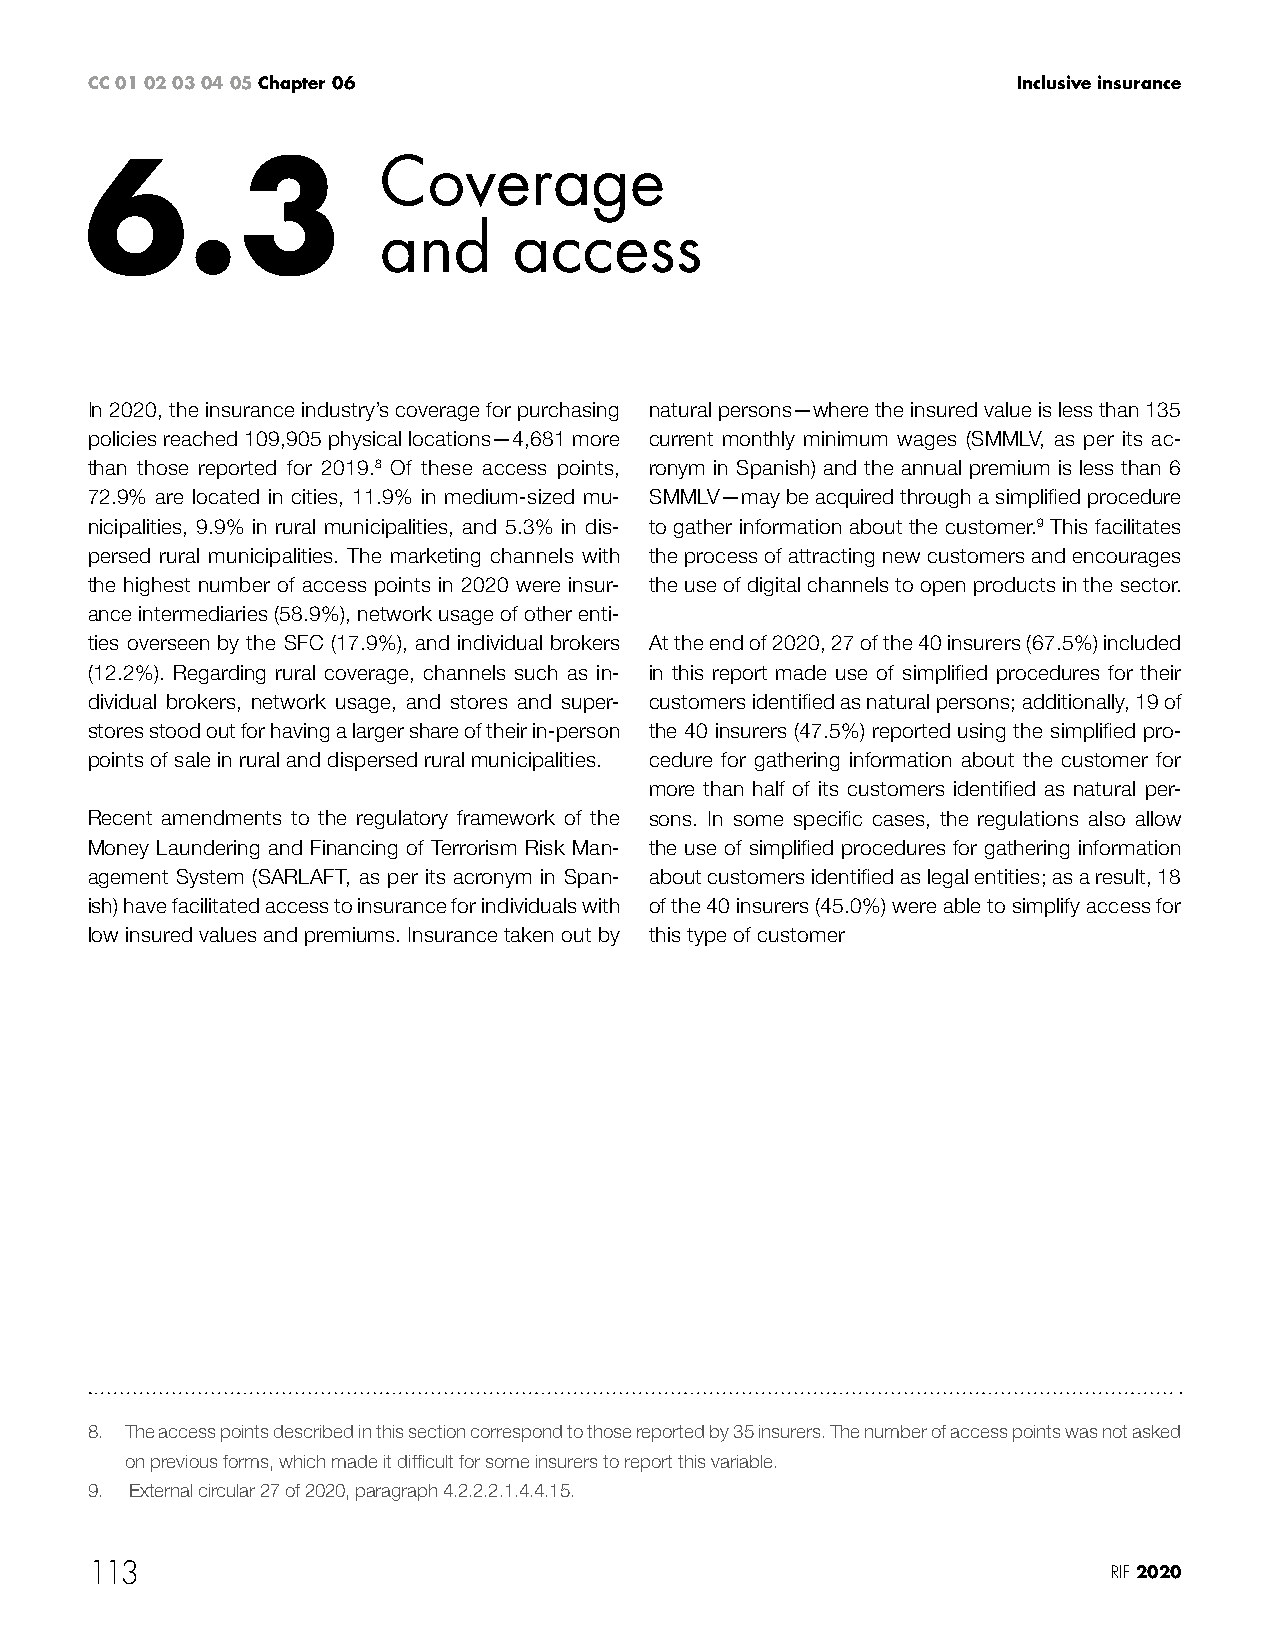
CC 01 02 03 04 05 Chapter 06                                 Inclusive insurance
 6.3                Coverage
 and      access
 In 2020, the insurance industry’s coverage for purchasing natural persons—where the insured value is less than 135
 policies reached 109,905 physical locations—4,681 more current monthly minimum wages (SMMLV, as per its ac-
 than those reported for 2019.8 Of these access points, ronym in Spanish) and the annual premium is less than 6
 72.9% are located in cities, 11.9% in medium-sized mu- SMMLV—may be acquired through a simplified procedure
 nicipalities, 9.9% in rural municipalities, and 5.3% in dis- to gather information about the customer.9 This facilitates
 persed rural municipalities. The marketing channels with the process of attracting new customers and encourages
 the highest number of access points in 2020 were insur- the use of digital channels to open products in the sector.
 ance intermediaries (58.9%), network usage of other enti-
 ties overseen by the SFC (17.9%), and individual brokers At the end of 2020, 27 of the 40 insurers (67.5%) included
 (12.2%). Regarding rural coverage, channels such as in- in this report made use of simplified procedures for their
 dividual brokers, network usage, and stores and super- customers identified as natural persons; additionally, 19 of
 stores stood out for having a larger share of their in-person the 40 insurers (47.5%) reported using the simplified pro-
 points of sale in rural and dispersed rural municipalities. cedure for gathering information about the customer for
 more than half of its customers identified as natural per-
 Recent amendments to the regulatory framework of the sons. In some specific cases, the regulations also allow
 Money Laundering and Financing of Terrorism Risk Man- the use of simplified procedures for gathering information
 agement System (SARLAFT, as per its acronym in Span- about customers identified as legal entities; as a result, 18
 ish) have facilitated access to insurance for individuals with of the 40 insurers (45.0%) were able to simplify access for
 low insured values and premiums. Insurance taken out by this type of customer
 8. The access points described in this section correspond to those reported by 35 insurers. The number of access points was not asked
 on previous forms, which made it difficult for some insurers to report this variable.
 9. External circular 27 of 2020, paragraph 4.2.2.2.1.4.4.15.
 113                                                                 RIF 2020